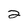
Character: 2